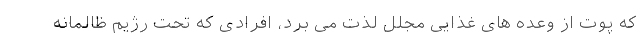
که پوت از وعده های غذایی مجلل لذت می برد، افرادی که تحت رژیم ظالمانه